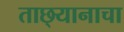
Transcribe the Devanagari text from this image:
ताछ्यानाचा